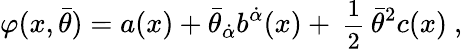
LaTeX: \varphi(x,\bar{\theta})=a(x)+\bar{\theta}_{\dot{\alpha}}b^{\dot{\alpha}}(x)+{\mathrm{\small{~\frac 12~}}}\bar{\theta}^{2}c(x)\ ,